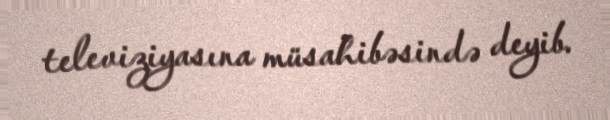
televiziyasına müsahibəsində deyib.